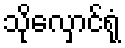
သိုလှောင်ရုံ